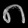
Digit: ၈